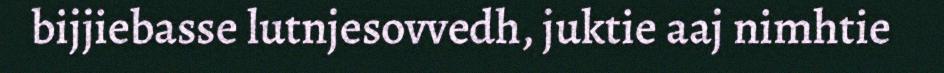
bijjiebasse lutnjesovvedh, juktie aaj nimhtie